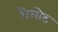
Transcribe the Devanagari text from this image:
शैलोट